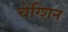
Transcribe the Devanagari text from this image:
चेंग्शिन